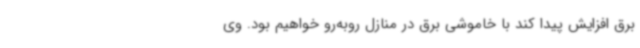
برق افزایش پیدا کند با خاموشی برق در منازل روبه‌رو خواهیم بود. وی